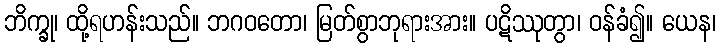
ဘိက္ခု၊ ထို့ရဟန်းသည်။ ဘဂဝတော၊ မြတ်စွာဘုရားအား။ ပဋိဿုတွာ၊ ဝန်ခံ၍။ ယေန၊